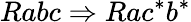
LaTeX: Rabc\Rightarrow Rac^{*}b^{*}